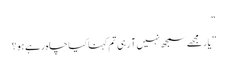
“
”یار مجھے سمجھ نہیں آ رہی تم کہنا کیا چاہ رہے ہو؟